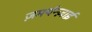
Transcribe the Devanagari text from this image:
ज़मर्यन्ज़ाई